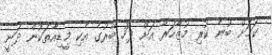
ކަމަށް ބުނެ ކުރި މުޒާހަރާ އަށް ފަހު ބޭރުގެ އެކި މީޑިއާތަކުން ދަނީ